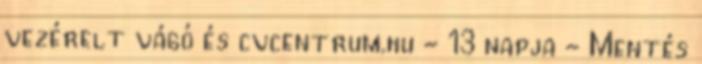
vezérelt vágó és cvcentrum.hu - 13 napja - Mentés